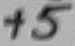
Text: +5